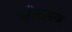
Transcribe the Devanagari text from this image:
सोरास्त्र